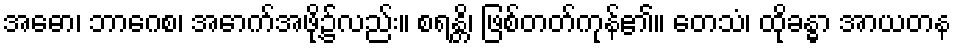
အဓော၊ ဘာဂေစ၊ အောက်အဖို့၌လည်း။ စရန္တိ၊ ဖြစ်တတ်ကုန်၏။ တေသံ၊ ထိုခန္ဓာ အာယတန